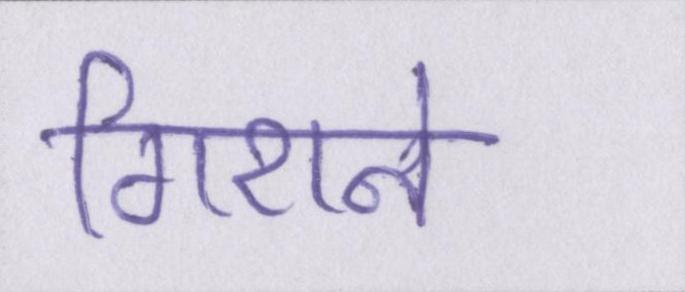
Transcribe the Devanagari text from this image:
गिराने